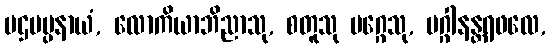
ပဌမပ္ပနာယံ, လောကိယာဘိညာသု, စတူသု မဂ္ဂေသု, မဂ္ဂါနန္တရဖလေ,